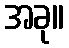
အခု။